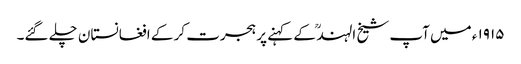
۱۹۱۵ ء میں آپ شیخ الہند ؒ کے کہنے پر ہجرت کر کے افغانستان چلے گئے۔